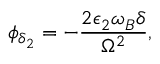
\phi _ { \delta _ { 2 } } = - \frac { 2 \epsilon _ { 2 } \omega _ { B } \delta } { \Omega ^ { 2 } } ,